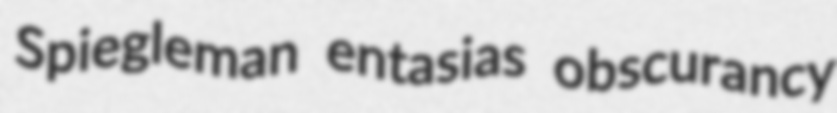
Spiegleman entasias obscurancy